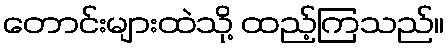
တောင်းများထဲသို့ ထည့်ကြသည်။